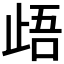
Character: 𭭢